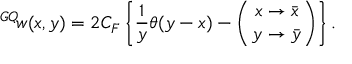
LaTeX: { ^ { G Q } \! w } ( x , y ) = 2 C _ { F } \left\{ \frac { 1 } { y } \theta ( y - x ) - \left( { x \to \bar { x } \atop y \to \bar { y } } \right) \right\} .